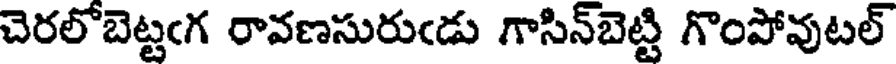
చెరలోబెట్టఁగ రావణసురుఁడు గాసిన్బెట్టి గొంపోవుటల్